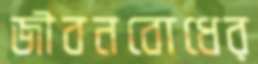
জীবনবোধের